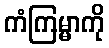
ကံကြမ္မာကို